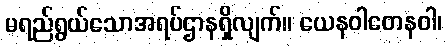
မရည်ရွယ်သောအရပ်ဌာနရှိလျက်။ ယေနဝါတေနဝါ၊